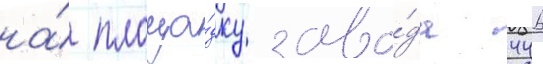
на́ площа́дку заво́да 446